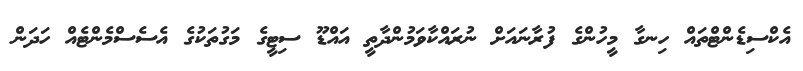
އެކްސިޑެންޓްތައް ހިނގާ މީހުންގެ ފުރާނައަށް ނުރައްކާވަމުންދާތީ އައްޑޫ ސިޓީގެ މަގުތަކުގެ އެސެސްމެންޓެއް ހަދަން